Leaving Certificate Examination, 1907
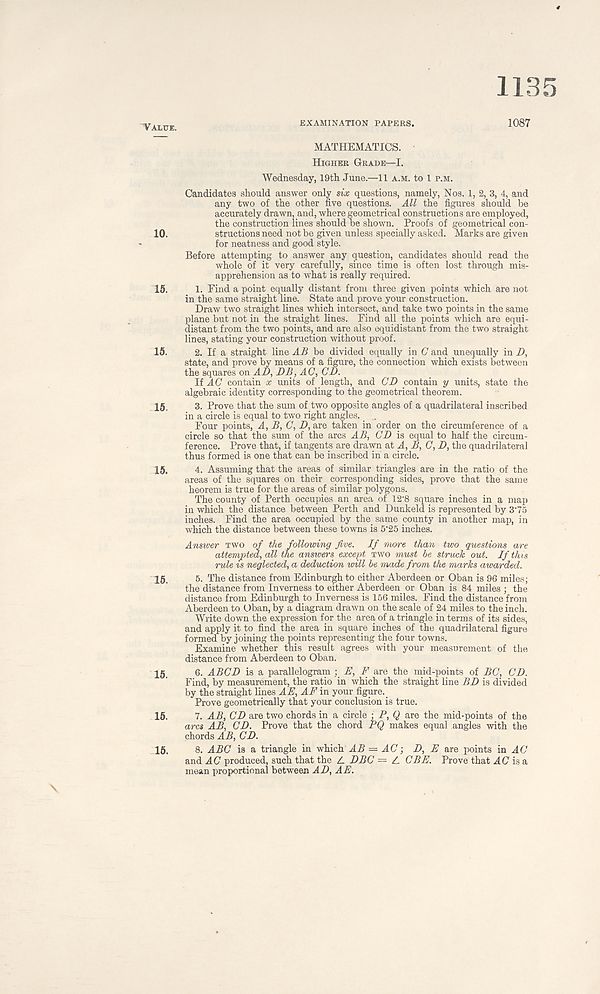
EXAMINATION PAPERS.
1135
Value.
1087
MATHEMATICS.
Higher Grade—I.
Wednesday, 19th June.—11 a.m. to 1 p.m.
Candidates should answer only six questions, namely, Nos. 1, 2, 3, 4, and
any two of the other five questions. All the figures should be
accurately drawn, and, where geometrical constructions are employed,
the construction lines should be shown. Proofs of geometrical con-
10.
structions need not be given unless specially asked. Marks are given
for neatness and good style.
Before attempting to answer any question, candidates should read the
whole of it very carefully, since time is often lost through mis-
apprehension as to what is really required.
15. 1. Find a point equally distant from three given points which are not
in the same straight line. State and prove your construction.
Draw two straight lines which intersect, and take two points in the same
plane but not in the straight lines. Find all the points which are equi-
distant from the two points, and are also equidistant from the two straight
lines, stating your construction without proof.
15. 2. If a straight line AB be divided equally in G and unequally in D,
state, and prove by means of a figure, the connection which exists between
the squares on AD, DB, AC, CD.
If AC contain x units of length, and CD contain y units, state the
algebraic identity corresponding to the geometrical theorem.
15, 3. Prove that the sum of two opposite angles of a quadrilateral inscribed
in a circle is equal to two right angles. .
Four points, A, B, C, D, are taken in order on the circumference of a
circle so that the sum of the arcs AB, CD is equal to half the circum-
ference. Prove that, if tangents are drawn at A, B, C, D, the quadrilateral
thus formed is one that can be inscribed in a circle.
15. 4. Assuming that the areas of similar triangles are in the ratio of the
areas of the squares on their corresponding sides, prove that the same
heorem is true for the areas of similar polygons.
The county of Perth occupies an area of 12' 8 square inches in a map
in which the distance between Perth and Dunkeld is represented by 3‘75
inches. Find the area occupied by the same county in another map, in
which the distance between these towns is 5' 25 inches.
Answer two of the following five. If more than two questions are
attempted, all the answers except two must he struck out. If this
rule is neglected, a deduction will be made from the marks awarded.
15. 5. The distance from Edinburgh to either Aberdeen or Oban is 96 miles;
the distance from Inverness to either Aberdeen or Oban is 84 miles ; the
distance from Edinburgh to Inverness is 156 miles. Find the distance from
Aberdeen to Oban, by a diagram drawn on the scale of 24 miles to the inch.
Write down the expression for the area of a triangle in terms of its sides,
and apply it to find the area in square inches of the quadrilateral figure
formed by joining the points representing the four towns.
Examine whether this result agrees with your measurement of the
distance from Aberdeen to Oban.
15. 6. ABCD is a parallelogram ; E, F are the mid-points of BC, CD.
Find, by measurement, the ratio in which the straight line BD is divided
by the straight lines AE, AF in your figure.
Prove geometrically that your conclusion is true.
15. 7. AB, CD are two chords in a circle • P, Q are the mid-points of the
arcs AB, CD. Prove that the chord PQ makes equal angles with the
chords AB, CD.
15. 8. ABC is a triangle in which AB = AC; D, E are points in AC
and AC produced, such that the L DBG — L CBE. Prove that AC is a
mean proportional between AD, AE.
\